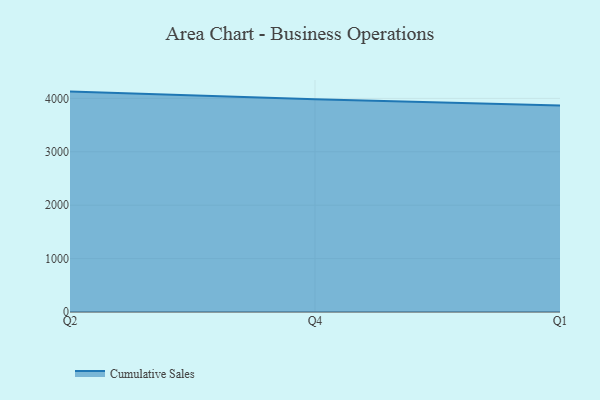
{"axis": {"x": "Quarter", "y": "Production Output"}, "legend": ["Cumulative Sales"], "data": [{"x": "Q2", "y": 4127.2, "type": "Cumulative Sales"}, {"x": "Q4", "y": 3982.3, "type": "Cumulative Sales"}, {"x": "Q1", "y": 3867.5, "type": "Cumulative Sales"}]}